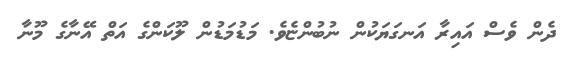
ދެން ވެސް އައިރާ އަނގަޔަކުން ނުބުންޏެވެ. މަޑުމަޑުން ލޫކަންގެ އަތް އޭނާގެ މޫނާ